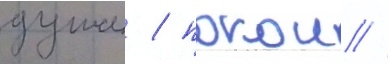
душа / покои //